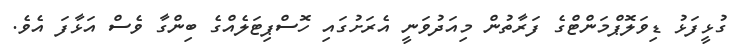
ގުޅީފަޅު ޑިވަލޮޕްމަންޓްގެ ފަރާތުން މިއަދުވަނީ އެރަށުގައި ހޮސްޕިޓަލެއްގެ ބިންގާ ވެސް އަޅާފަ އެވެ.